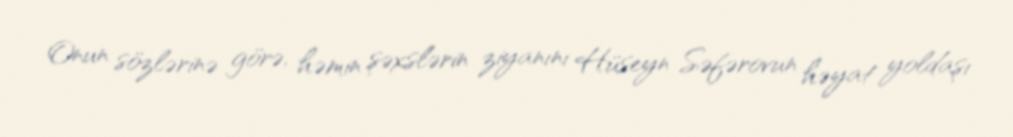
Onun sözlərinə görə, həmin şəxslərin ziyanını Hüseyn Səfərovun həyat yoldaşı